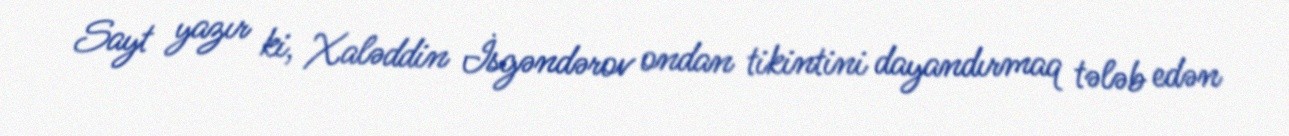
Sayt yazır ki, Xaləddin İsgəndərov ondan tikintini dayandırmaq tələb edən